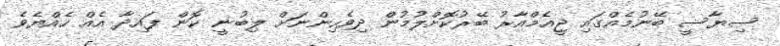
ސިޔާސީ ބޭނުމެއްގައި ޖީއެމްއާރު ބޭރުކޮށްލުމުން ދިވެހިންނަށް ލިބުނީ ކޮން ފައިދާ އެއް ހެއްޔެވެ